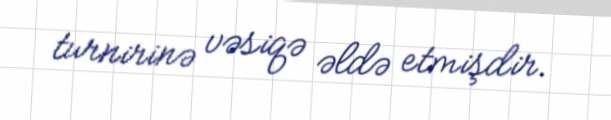
turnirinə vəsiqə əldə etmişdir.